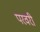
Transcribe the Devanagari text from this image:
परवरी